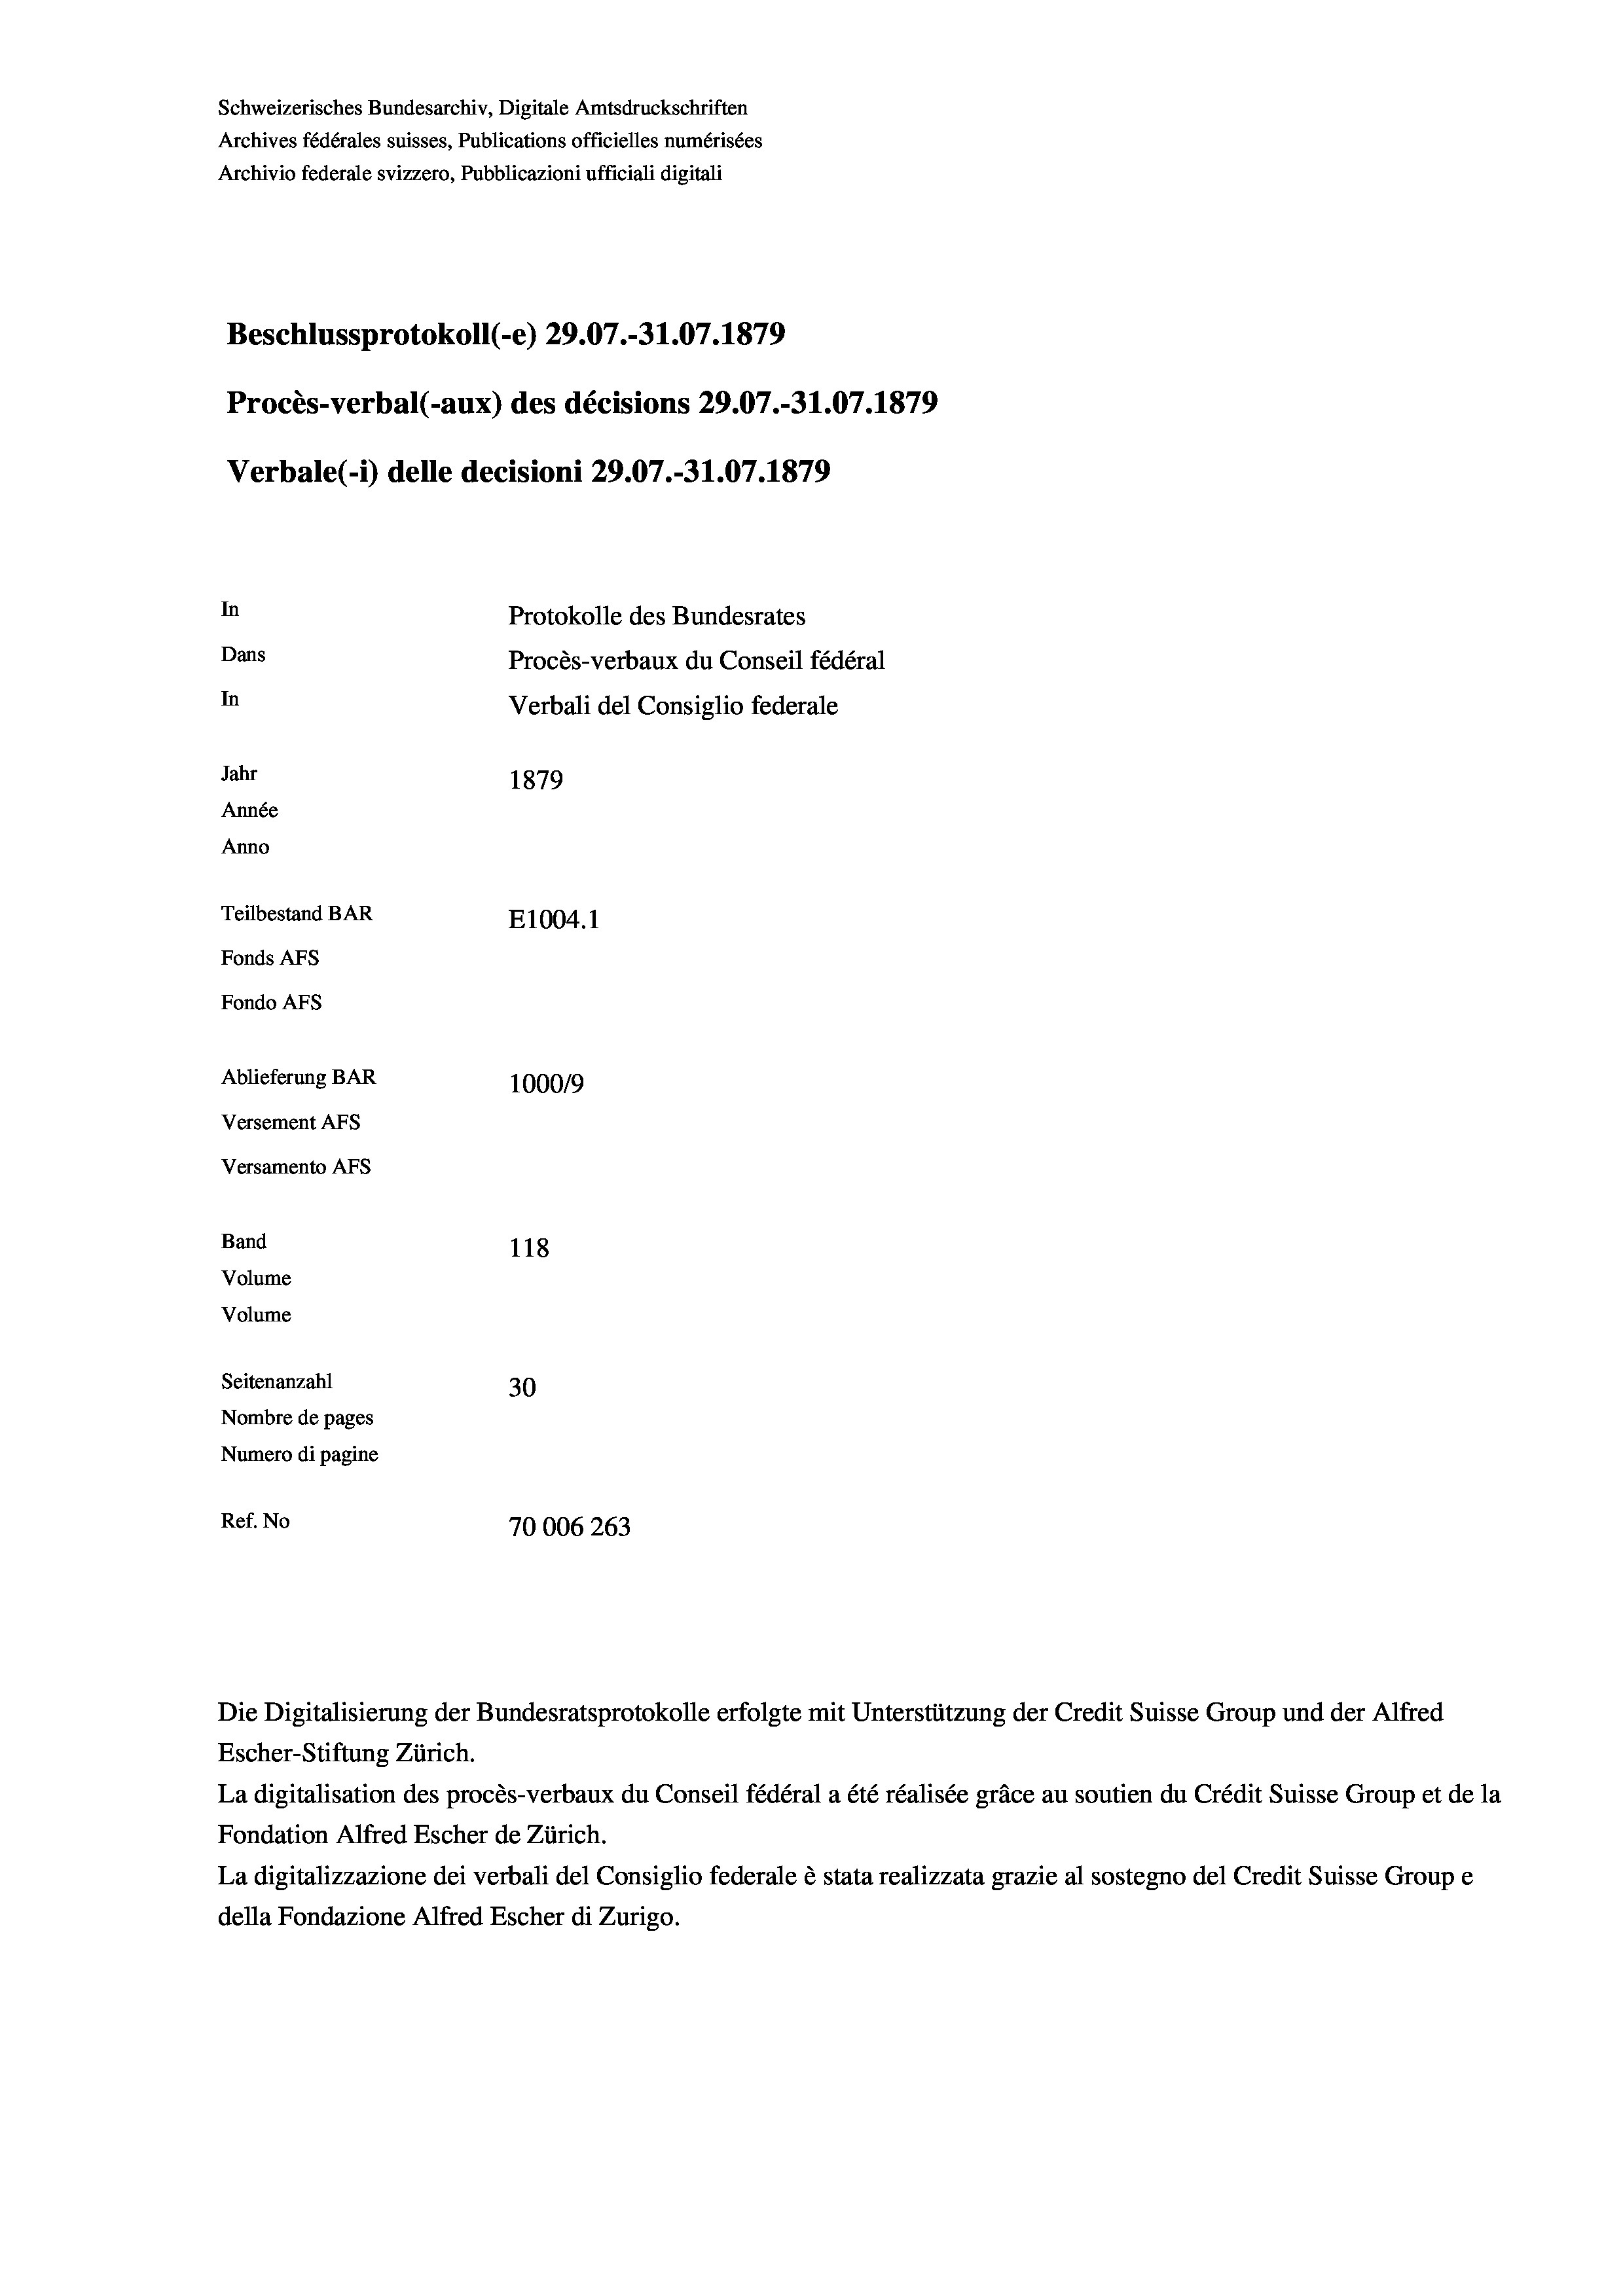
Schweizerisches Bundesarchiv, Digitale Amtsdruckschriften
Archives fédérales suisses, Publications officielles numérisées
Archivio federale svizzero, Pubblicazioni ufficiali digitali
Beschlussprotokoll (-e) 29.07.-31.07. 1879
Procès-verbal (-aux) des décisions 29.07.-31.07. 1879
Verbale (- 1) delle decisioni 29.07.-31.07. 1879
In
Protokolle des Bundesrates
Dans
Procès-verbaux du Conseil fédéral
In
Verbali del Consiglio federale
Jahr
1879
Année
Anno
Teilbestand BAR
E1004. 1
Fonds AFs
Fondo AFs
Ablieferung BAR
1000/9
Versement AFs
Versamento Afs
Band
118
Volume
Volume
Seitenanzahl
30
Nombre de pages
Numero di pagine
Ref. No
70006 263

Die Digitalisierung der Bundesratsprotokolle erfolgte mit Unterstützung der Credit Suisse Group und der Alfred

Escher-Stiftung Zürich.
La digitalisation des procès-verbaux du Conseil fédéral a été réalisée gräce au soutien du Crédit Suisse Group et de la
Fondation Alfred Escher de Zürich.
La digitalizzazione dei verbali del Consiglio federale è stata realizzata grazie al sostegno del Credit Suisse Groupe
della Fondazione Alfred Escher di Zurigo.